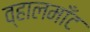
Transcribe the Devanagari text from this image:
व्हालमाँट